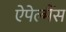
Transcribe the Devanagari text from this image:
ऐपेल्मैंस